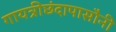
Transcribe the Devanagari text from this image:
गायत्रीछंदापासौनी